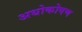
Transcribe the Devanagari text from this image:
अधोकोषण